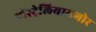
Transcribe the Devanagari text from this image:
ऑस्ट्रेलियासमोर